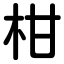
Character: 柑